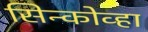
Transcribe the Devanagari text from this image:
सिन्कोव्हा